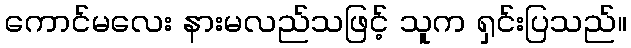
ကောင်မလေး နားမလည်သဖြင့် သူက ရှင်းပြသည်။